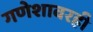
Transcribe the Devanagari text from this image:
गणेशावरही